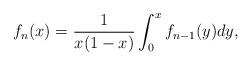
\begin{align*}f_{n}(x)\allowbreak =\allowbreak \frac{1}{x(1-x)}\int_{0}^{x}f_{n-1}(y)dy,\end{align*}